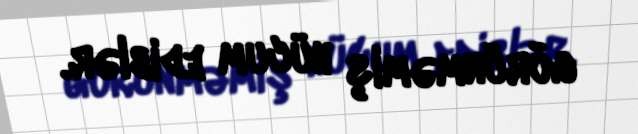
görünməmiş hücum ediblər.